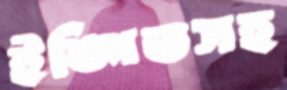
ইঙ্গিতসহ